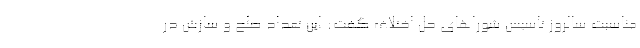
مناسبت سالروز تاسیس شورا‌های حل اختلاف گفت: این تعداد صلح و سازش در